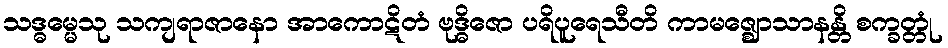
သဒ္ဓမ္မေသု သကျရာဇာနော အာကောဋိတံ ဗုဒ္ဓိဇော ပရိပူရေသီတိ ကာမဇ္ဈောသာနန္တိ စက္ခတ္တုံ